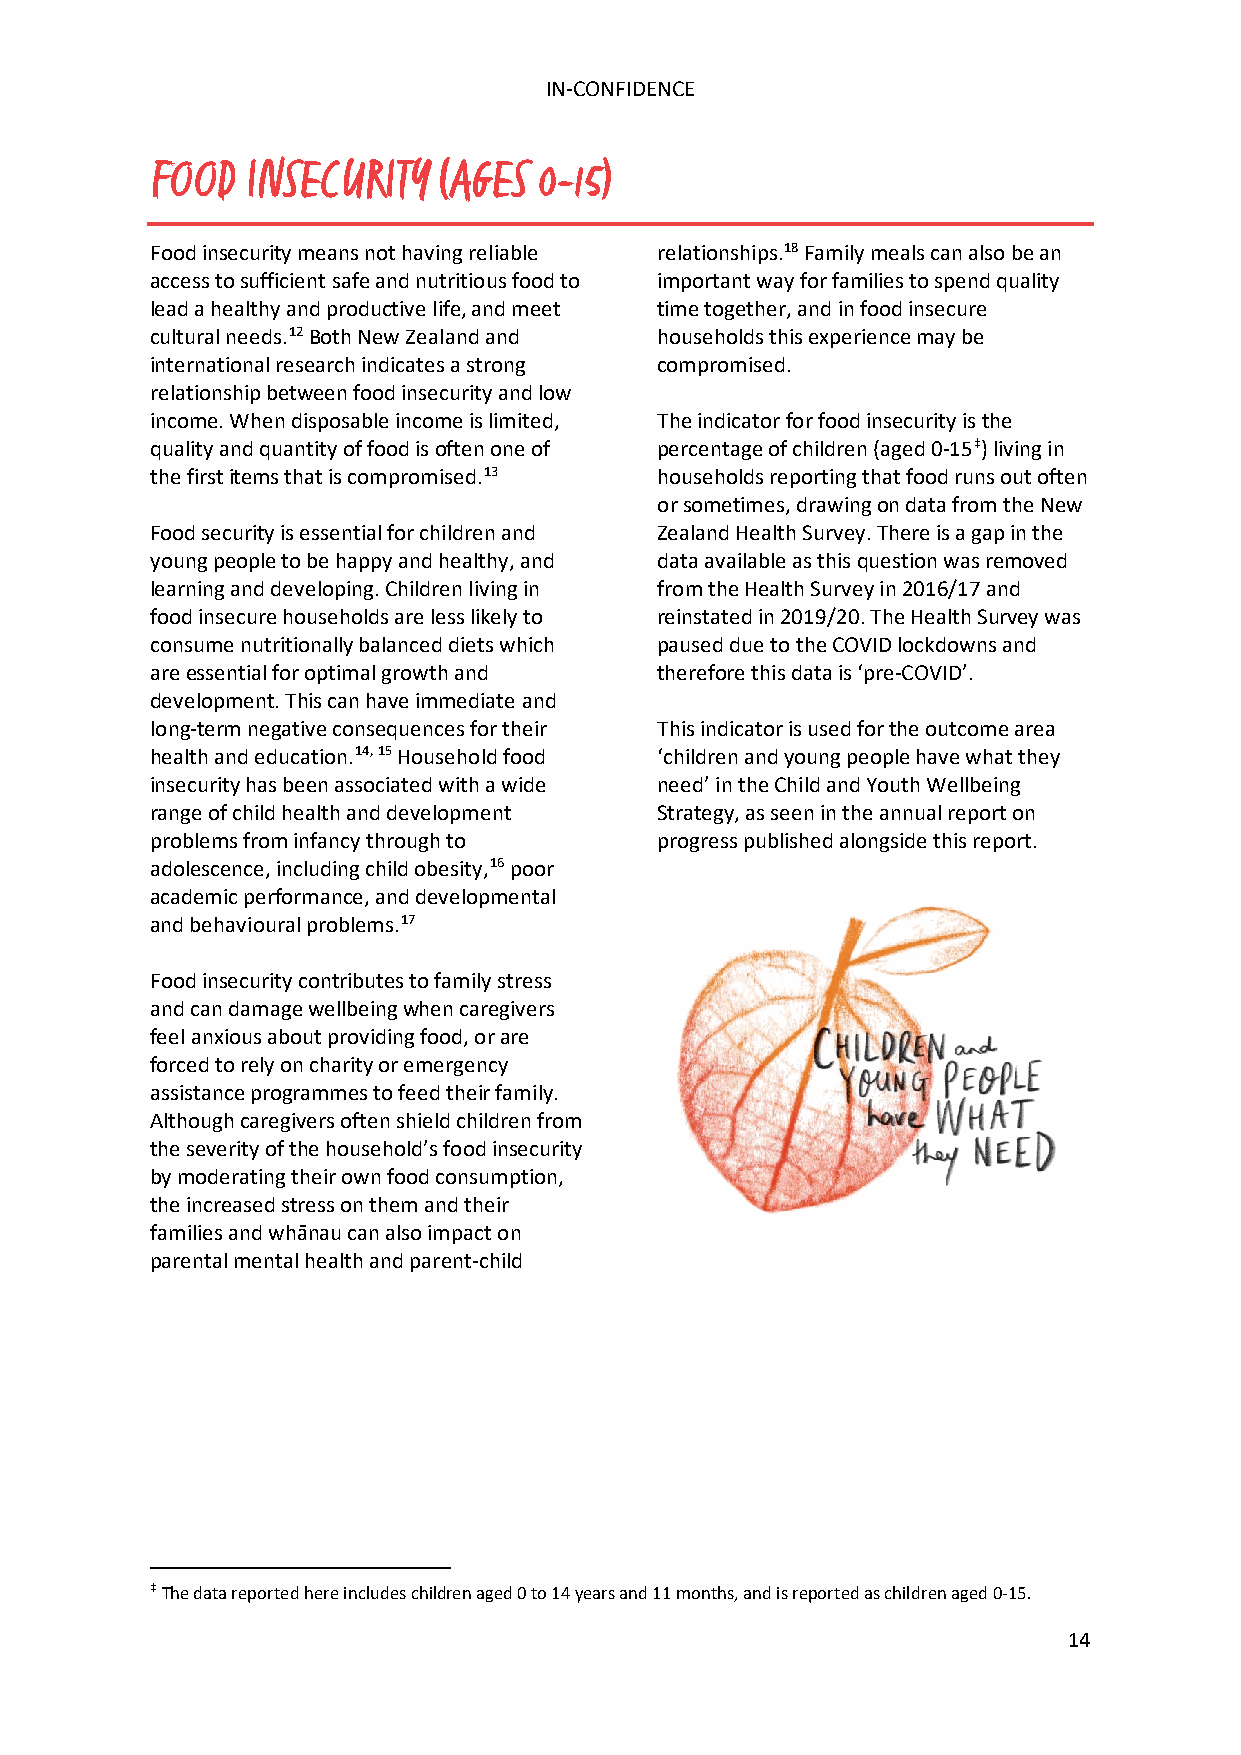
IN-CONFIDENCE
 FOOD  INSECURITY   (AGES  0-15)
 Food insecurity means not having reliable relationships.18 Family meals can also be an
 access to sufficient safe and nutritious food to important way for families to spend quality
 lead a healthy and productive life, and meet time together, and in food insecure
 cultural needs.12 Both New Zealand and households this experience may be
 international research indicates a strong compromised.
 relationship between food insecurity and low
 income. When disposable income is limited, The indicator for food insecurity is the
 quality and quantity of food is often one of percentage of children (aged 0-15‡) living in
 the first items that is compromised.13 households reporting that food runs out often
 or sometimes, drawing on data from the New
 Food security is essential for children and Zealand Health Survey. There is a gap in the
 young people to be happy and healthy, and data available as this question was removed
 learning and developing. Children living in from the Health Survey in 2016/17 and
 food insecure households are less likely to reinstated in 2019/20. The Health Survey was
 consume nutritionally balanced diets which paused due to the COVID lockdowns and
 are essential for optimal growth and therefore this data is ‘pre-COVID’.
 development. This can have immediate and
 long-term negative consequences for their This indicator is used for the outcome area
 health and education.14, 15 Household food ‘children and young people have what they
 insecurity has been associated with a wide need’ in the Child and Youth Wellbeing
 range of child health and development Strategy, as seen in the annual report on
 problems from infancy through to progress published alongside this report.
 adolescence, including child obesity,16 poor
 academic performance, and developmental
 and behavioural problems.17
 Food insecurity contributes to family stress
 and can damage wellbeing when caregivers
 feel anxious about providing food, or are
 forced to rely on charity or emergency
 assistance programmes to feed their family.
 Although caregivers often shield children from
 the severity of the household’s food insecurity
 by moderating their own food consumption,
 the increased stress on them and their
 families and whānau can also impact on
 parental mental health and parent-child
 ‡ The data reported here includes children aged 0 to 14 years and 11 months, and is reported as children aged 0-15.
 14